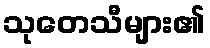
သုတေသီများ၏